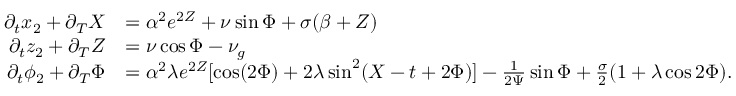
\begin{array} { r l } { \partial _ { t } x _ { 2 } + \partial _ { T } X } & { = \alpha ^ { 2 } e ^ { 2 Z } + \nu \sin \Phi + \sigma ( \beta + Z ) } \\ { \partial _ { t } z _ { 2 } + \partial _ { T } Z } & { = \nu \cos \Phi - \nu _ { g } } \\ { \partial _ { t } \phi _ { 2 } + \partial _ { T } \Phi } & { = \alpha ^ { 2 } \lambda e ^ { 2 Z } [ \cos ( 2 \Phi ) + 2 \lambda \sin ^ { 2 } ( X - t + 2 \Phi ) ] - \frac { 1 } { 2 \Psi } \sin \Phi + \frac { \sigma } { 2 } ( 1 + \lambda \cos 2 \Phi ) . } \end{array}